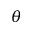
\theta